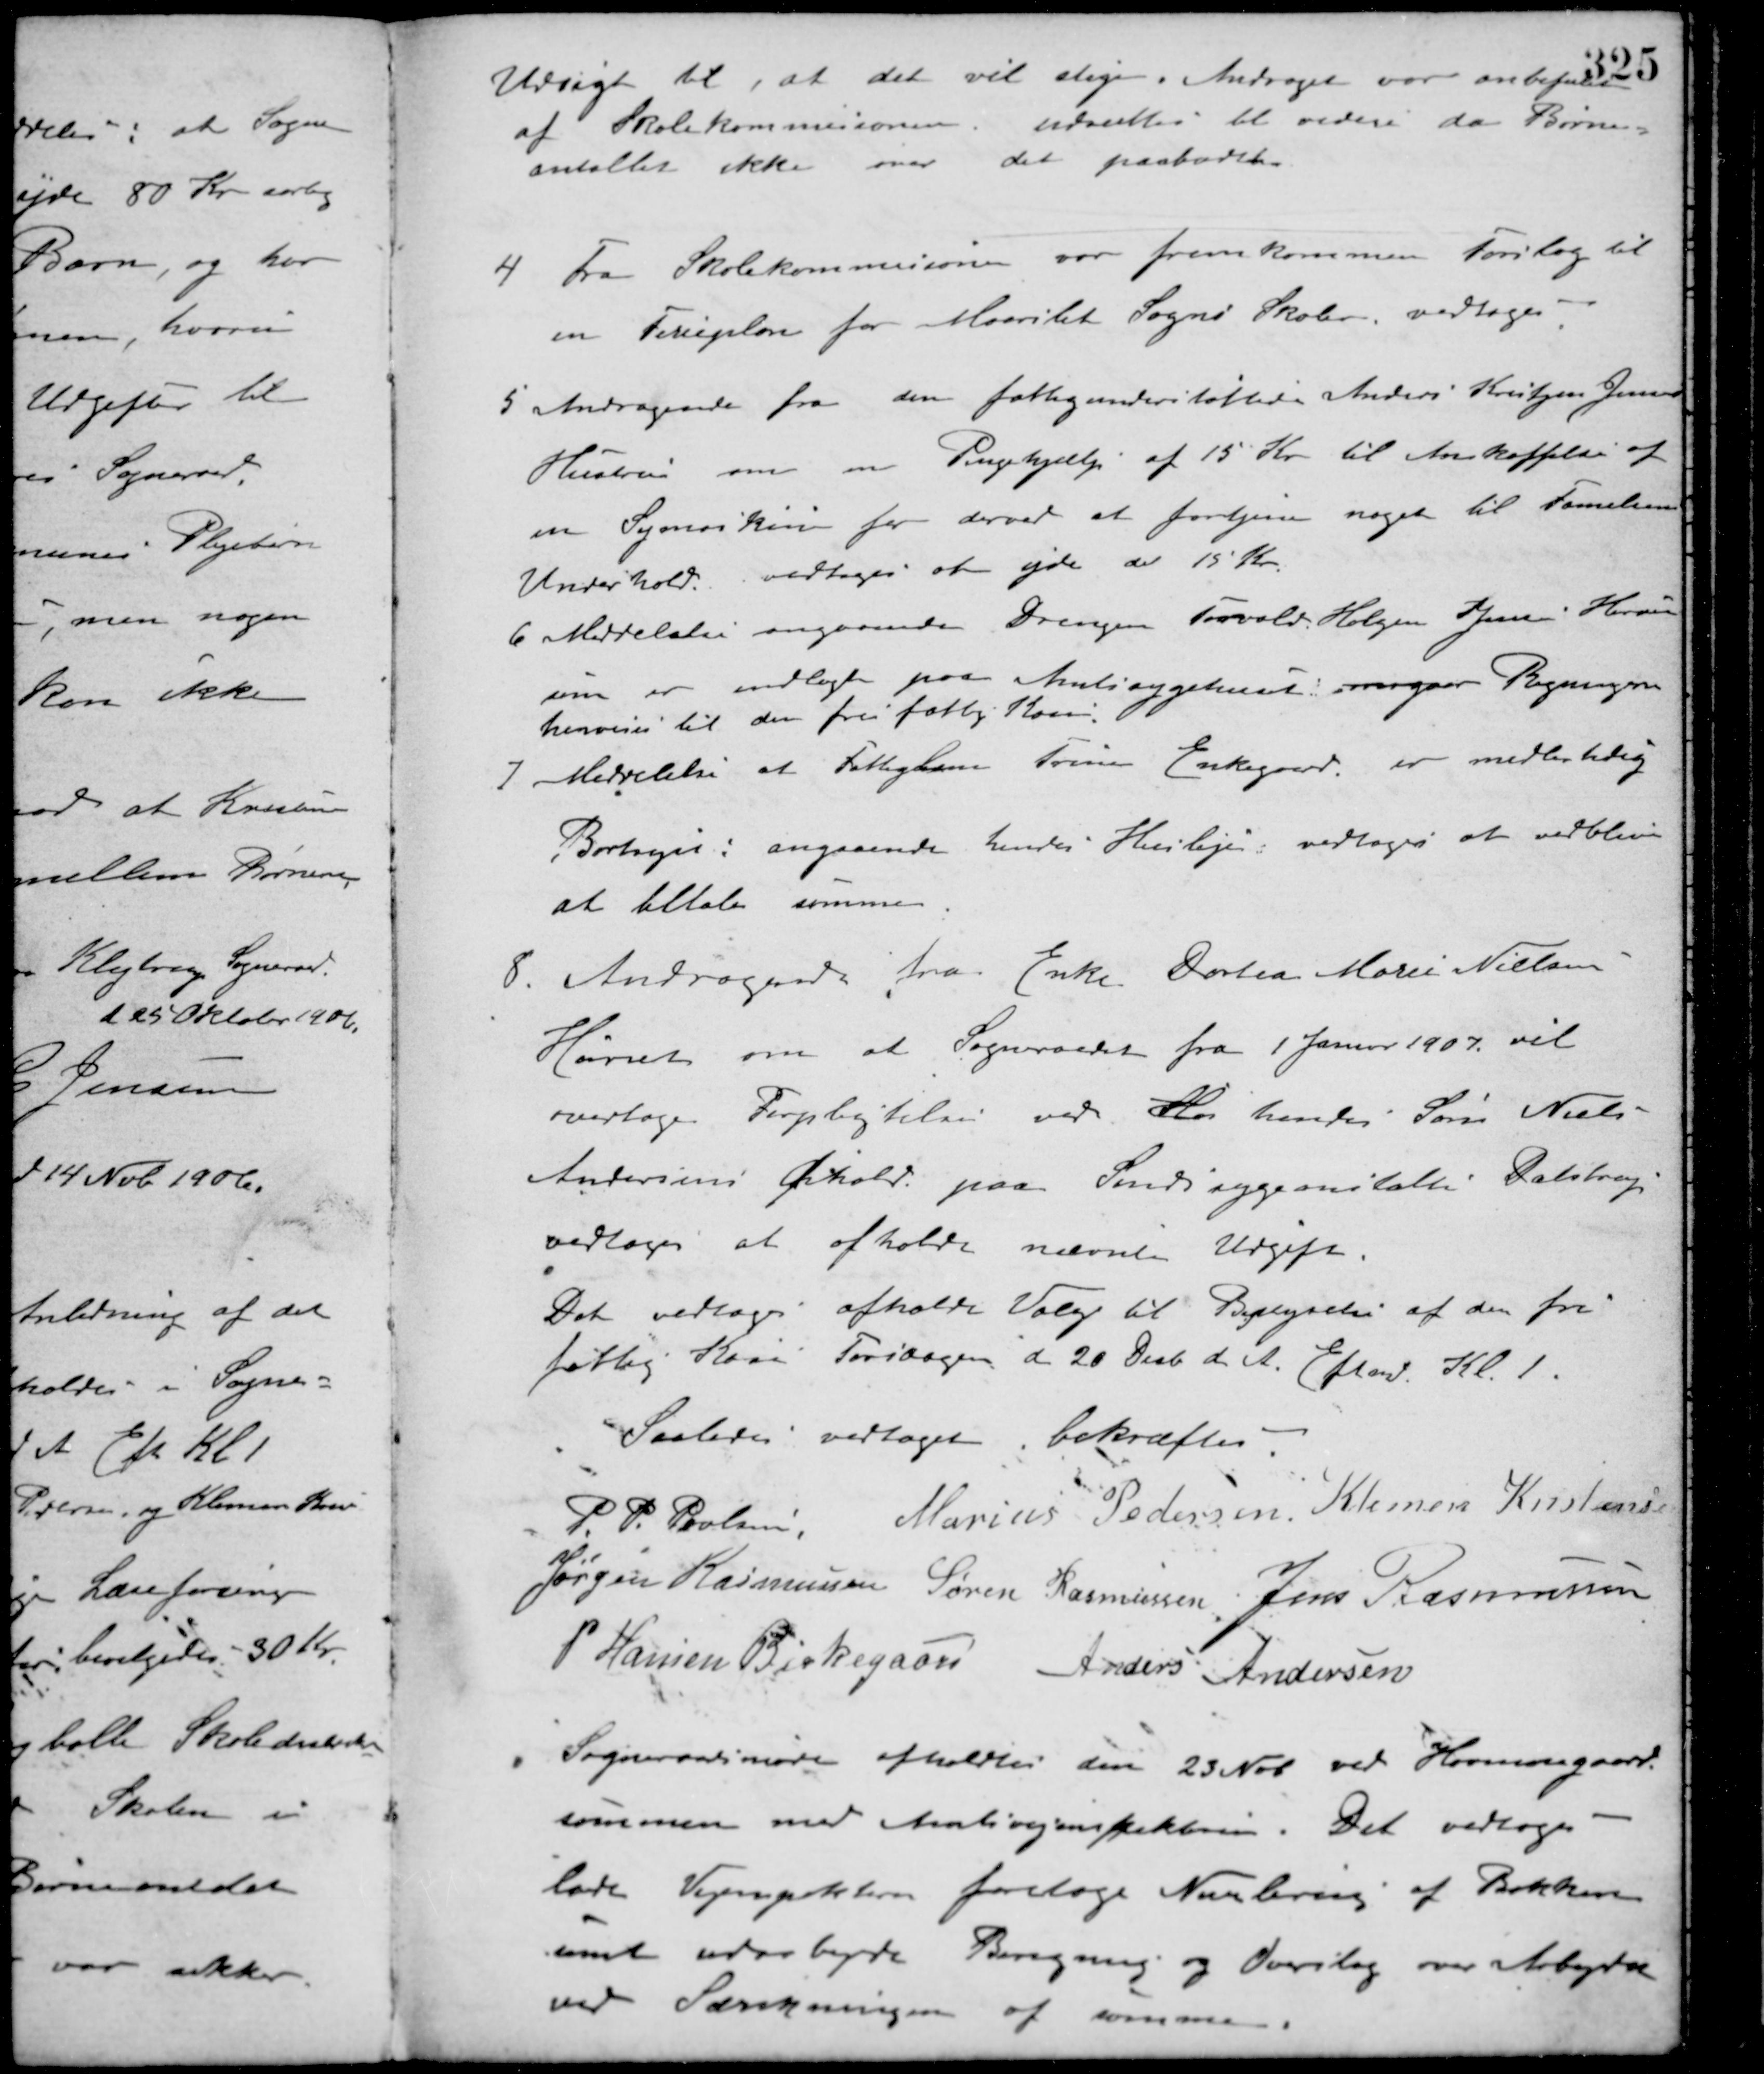
Transskription:
Udsigt til, at det vil stige. Andraget var anbefalet
af Skolekommissionen udsættes til videre da Børne-
antallet ikke over det paabudte.
4 Fra Skolekommissionen var fremkommen Forslag til
en Ferieplan for Maarslet Sogns Skoler, vedtoges.
5 Andragende fra den fattigunderstøttede Anders Kristjan Jensens
Hustru om en Pengehjælp af 15 Kr. til Anskaffelse af
en Symaskine for derved at fortjene noget til Familiens
Underhold. vedtoges at yde de 15 Kr.
6 Meddelelse angaaende Drengen Torvald Holger Jensen Hørret
som er indlagt paa Amtssygehuset, overgaar Regningen
henvises til den fri fattig Kasse.
7 Meddelelse at Fattiglem Trine Enkegaard, er midlertidig
Bortrejst: angaaende hendes Husleje, vedtoges at vedblive
at betale samme.
8. Andragende fra Enke Dortea Marie Nielsen
Hørret om at Sogneraadet fra 1 Januar 1907 vil
overtage Forpligtelsen ved Han hendes Søn Niels
Andersens Ophold paa Sindssygeanstalten Dalstrup
vedtoges at afholde nævnte Udgift.
Det vedtoges afholde Valg til Bestyrelse af den fri
fattig Kasse Torsdagen d 20 Decb. d. A. Eftmd. Kl. 1.
Saaledes vedtaget bekræftes
P. P. Poulsen Marius Pedersen Klemen Kristensen
Jørgen Rasmussen Søren Rasmussen Jens Rasmussen
P. Hansen Birkegaard Anders Andersen
Sogneraadsmøde afholdtes den 23 Nov. ved Havmosegaard
sammen med Amtsvejinspektøren. Det vedtoges
lade Vejinspektøren foretage Nivelering af Bakken
samt udarbejde Beregning og Overslag over Arbejdet
ved Sænkningen af samme.